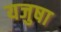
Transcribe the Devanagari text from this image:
यजुषा